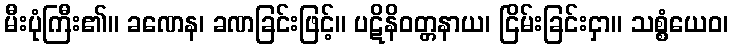
မီးပုံကြီး၏။ ခဏေန၊ ခဏခြင်းဖြင့်။ ပဋိနိဝတ္တနာယ၊ ငြိမ်းခြင်းငှာ။ သစ္စံယေဝ၊